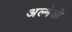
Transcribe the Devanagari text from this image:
अल्मेसी